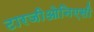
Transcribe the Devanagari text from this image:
टारजीओनिएसी